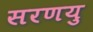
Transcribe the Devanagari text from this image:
सरणयु